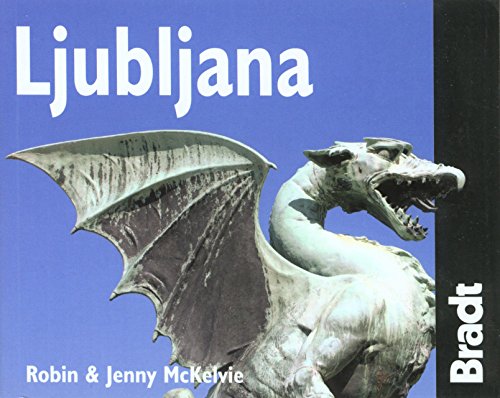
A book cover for Ljubljana (Bradt Mini Guide); Jenny Mckelvie; Travel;